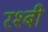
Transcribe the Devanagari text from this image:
रश्बी